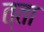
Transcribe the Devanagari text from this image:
त्ता